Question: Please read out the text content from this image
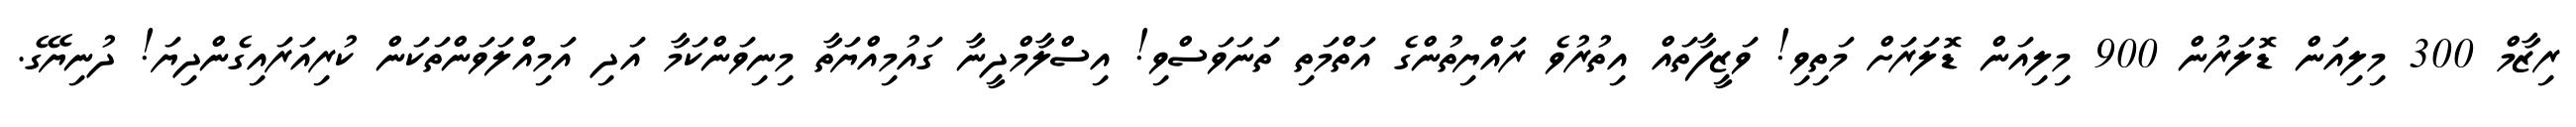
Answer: ރިޒާމް 300 މިލިއަން ޑޮލަރުން 900 މިލިއަން ޑޮލަރަށް މަތިވި! ވަޒީފާތައް އިތުރުވެ ރައްޔިތުންގެ އަތްމަތި ތަނަވަސްވި! އިސްލާމްދީނާ ގައުމިއްޔަތާ މިނިވަންކަމާ އަދި އަމިއްލަވަންތަކަން ކުރިއަރައިގެންދިޔަ! ދުނިޔޭގެ.